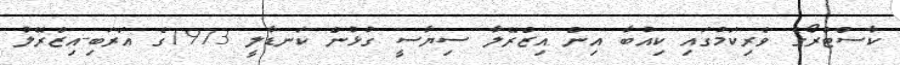
ކާސްޓްރޯގެ ވެރިކަމުގައި ކިއުބާ އިން އިޒްރޭލާ ސިޔާސީ ގުޅުން ކަނޑާލީ 1973ގެ އަރަބި-އިޒްރޭލު